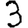
Digit: 3